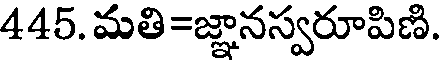
445. మతి=జ్ఞానస్వరూపిణి.